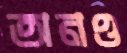
অনও